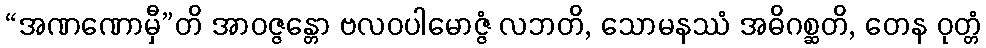
“အဏဏောမှီ”တိ အာဝဇ္ဇန္တော ဗလဝပါမောဇ္ဇံ လဘတိ, သောမနဿံ အဓိဂစ္ဆတိ, တေန ဝုတ္တံ